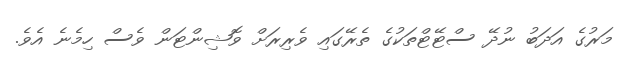
މަރުގެ އަދަބު ނުދޭ ސްޓޭޓްތަކުގެ ތެރޭގައި ވެރިރަށް ވޮޝިންޓަން ވެސް ހިމެނެ އެވެ.